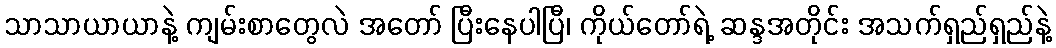
သာသာယာယာနဲ့ ကျမ်းစာတွေလဲ အတော် ပြီးနေပါပြီ၊ ကိုယ်တော်ရဲ့ ဆန္ဒအတိုင်း အသက်ရှည်ရှည်နဲ့